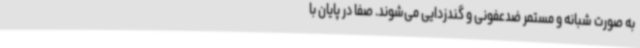
به صورت شبانه و مستمر ضدعفونی و گندزدایی می‌شوند. صفا در پایان با